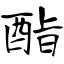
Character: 酯